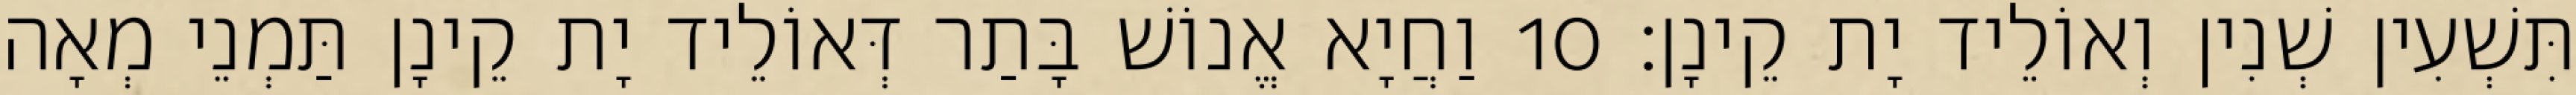
תִּשְׁעִין שְׁנִין וְאוֹלֵיד יָת קֵינָן׃ 10 וַחֲיָא אֱנוֹשׁ בָּתַר דְּאוֹלֵיד יָת קֵינָן תַּמְנֵי מְאָה